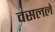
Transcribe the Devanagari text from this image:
वसलले